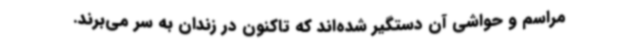
مراسم و حواشی آن دستگیر شده‌اند که تاکنون در زندان به سر می‌برند.